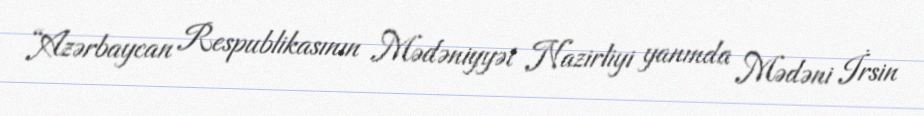
“Azərbaycan Respublikasının Mədəniyyət Nazirliyi yanında Mədəni İrsin